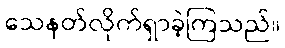
သေနတ်လိုက်ရှာခဲ့ကြသည်။